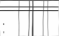
: